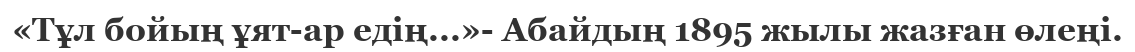
«Тұл бойың ұят-ар едің...»- Абайдың 1895 жылы жазған өлеңі.